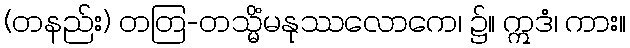
(တနည်း) တတြ-တသ္မိံမနုဿလောကေ၊ ၌။ ဣဒံ၊ ကား။